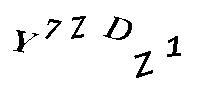
Y7ZDZ1